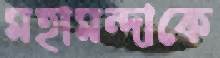
মহামন্দাকে